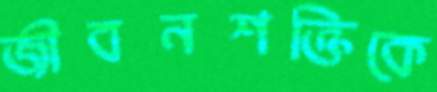
জীবনশক্তিকে